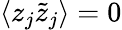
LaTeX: \langle z_{j}\tilde{z}_{j}\rangle=0